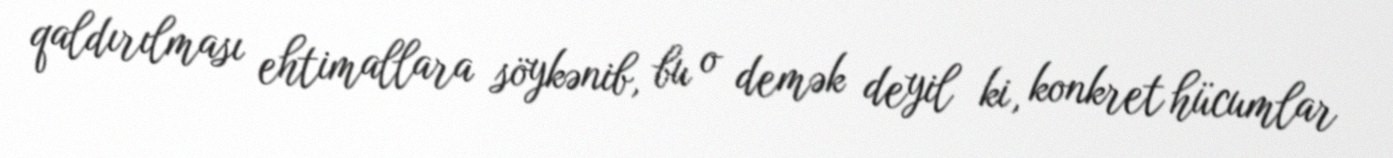
qaldırılması ehtimallara söykənib, bu o demək deyil ki, konkret hücumlar